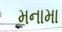
મનામા